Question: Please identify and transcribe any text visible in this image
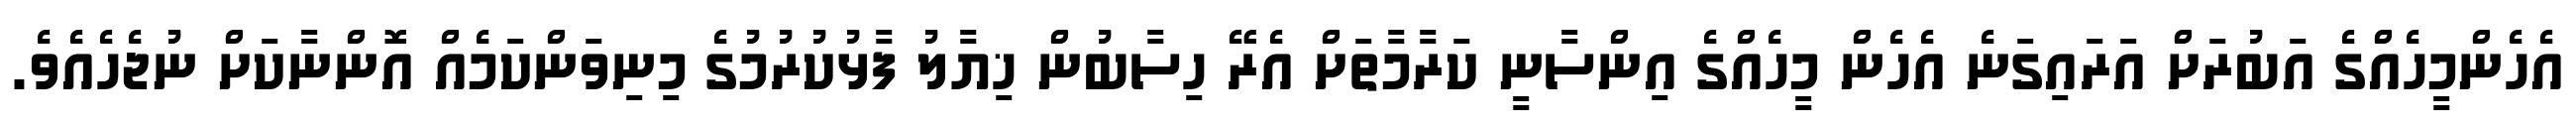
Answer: އެހެންމީހެއްގެ އަބުރަށް އަރައިގަނެ އެހެން މީހެއްގެ އިންސާނީ ކަރާމާތަށް އެރޭ ހިސާބުން ޚިޔާލު ފާޅުކުރުމުގެ މިނިވަންކަމެއް އޮންނާކަށް ނުޖެހެއެވެ.